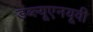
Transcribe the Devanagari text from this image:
डब्ल्यूएनयूवी